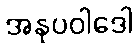
အနုပဝါဒေါ